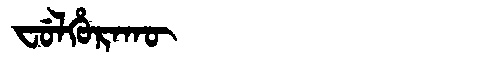
Manchu: ᠸᡠᠯᡥᡠᡵᠠᡴᡡ
Romanization: FULHURAKŪ